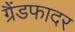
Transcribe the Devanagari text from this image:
ग्रैंडफादर